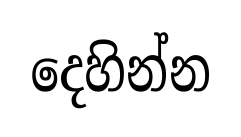
දෙහින්න